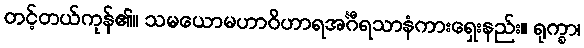
တင့်တယ်ကုန်၏။ သမယောမဟာဝိဟာရအင်္ဂီရသာနံကားရှေးနည်း။ ရုက္ခာ၊